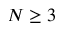
N \geq 3